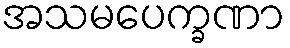
အသမပေက္ခဏာ